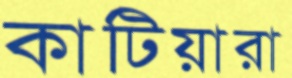
কাটিয়ারা